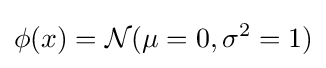
\phi (x)={\mathcal {N}}(\mu =0,\sigma ^{2}=1)